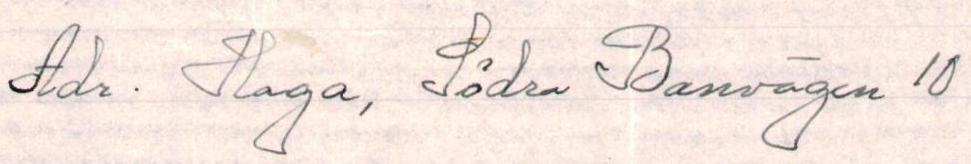
Adr. Haga, Södra Banvägen 10